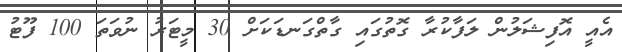
އެއީ އޮފިޝަލުން ލަފާކުރާ ގޮތުގައި ގާތްގަނޑަކަށް 30 މީޓަރު ނުވަތަ 100 ފޫޓު